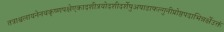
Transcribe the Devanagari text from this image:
तत्राश्वलायनेनचकृष्णपक्षेएकादशीत्रयोदशीदर्शेषुअषाढाफल्गुनीप्रोष्ठपदाभिन्नर्क्षेउक्तं